Annual administration report of the Civil Veterinary Department of India - 1904-1905
Year: 1904
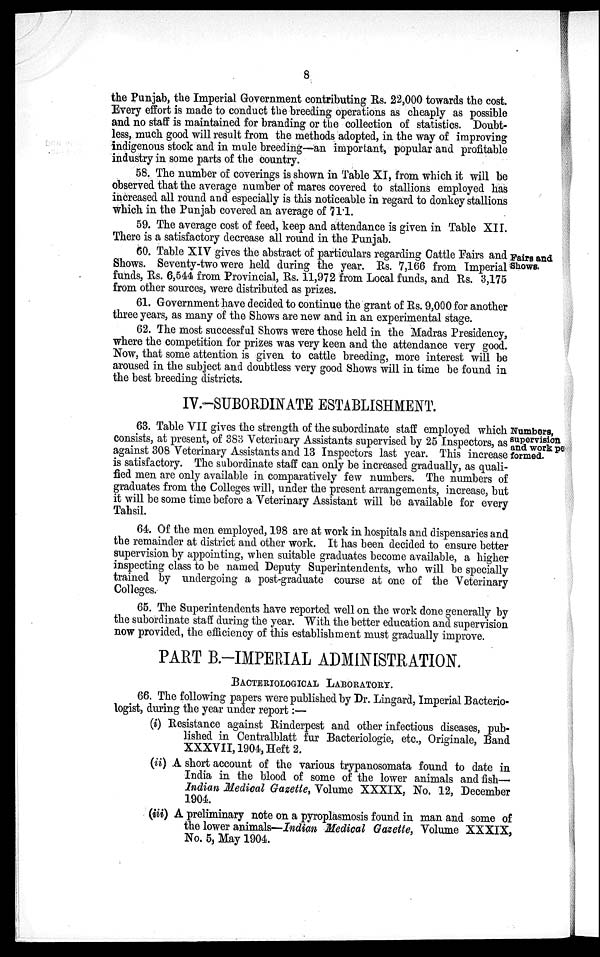
8
the Punjab, the Imperial Government contributing Rs. 22,000 towards the cost.
Every effort is made to conduct the breeding operations as cheaply as possible
and no staff is maintained for branding or the collection of statistics. Doubt-
less, much good will result from the methods adopted, in the way of improving
indigenous stock and in mule breeding—an important, popular and profitable
industry in some parts of the country.
58. The number of coverings is shown in Table XI, from which it will be
observed that the average number of mares covered to stallions employed has
increased all round and especially is this noticeable in regard to donkey stallions
which in the Punjab covered an average of 71.1.
59. The average cost of feed, keep and attendance is given in Table XII.
There is a satisfactory decrease all round in the Punjab.
Fairs and
Shows.
60. Table XIV gives the abstract of particulars regarding Cattle Fairs and
Shows. Seventy-two were held during the year. Rs. 7,166 from Imperial
funds, Rs. 6,544 from Provincial, Rs. 11,972 from Local funds, and Rs. 3,175
from other sources, were distributed as prizes.
61. Government have decided to continue the grant of Rs. 9,000 for another
three years, as many of the Shows are new and in an experimental stage.
62. The most successful Shows were those held in the Madras Presidency,
where the competition for prizes was very keen and the attendance very good.
Now, that some attention is given to cattle breeding, more interest will be
aroused in the subject and doubtless very good Shows will in time be found in
the best breeding districts.
IV.-SUBORDINATE ESTABLISHMENT.
Numbers,
supervision
and work pe
formed.
63. Table VII gives the strength of the subordinate staff employed which
consists, at present, of 383 Veterinary Assistants supervised by 25 Inspectors, as
against 308 Veterinary Assistants and 13 Inspectors last year. This increase
is satisfactory. The subordinate staff can only be increased gradually, as quali-
fied men are only available in comparatively few numbers. The numbers of
graduates from the Colleges will, under the present arrangements, increase, but
it will be some time before a Veterinary Assistant will be available for every
Tahsil.
64. Of the men employed, 198 are at work in hospitals and dispensaries and
the remainder at district and other work. It has been decided to ensure better
supervision by appointing, when suitable graduates become available, a higher
inspecting class to be named Deputy Superintendents, who will be specially
trained by undergoing a post-graduate course at one of the Veterinary
Colleges.
65. The Superintendents have reported well on the work done generally by
the subordinate staff during the year. With the better education and supervision
now provided, the efficiency of this establishment must gradually improve.
PART B.-IMPERIAL ADMINISTRATION.
BACTERIOLOGICAL LABORATORY.
66. The following papers were published by Dr. Lingard, Imperial Bacterio-
logist, during the year under report:—
(i) Resistance against Rinderpest and other infectious diseases, pub-
lished in Centralblatt fur Bacteriologie, etc., Originale, Band
XXXVII, 1904, Heft 2.
(ii) A short account of the various trypanosomata found to date in
India in the blood of some of the lower animals and fish—
Indian Medical Gazette, Volume XXXIX, No. 12, December
1904.
(iii) A preliminary note on a pyroplasmosis found in man and some of
the lower animals—Indian Medical Gazette, Volume XXXIX,
No. 5, May 1904.